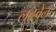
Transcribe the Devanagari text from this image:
लढवेल